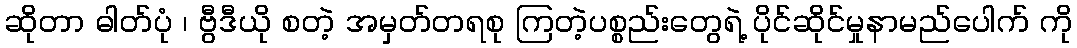
ဆိုတာ ဓါတ်ပုံ ၊ ဗွီဒီယို စတဲ့ အမှတ်တရစု ကြတဲ့ပစ္စည်းတွေရဲ့ ပိုင်ဆိုင်မှုနာမည်ပေါက် ကို